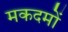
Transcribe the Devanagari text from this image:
मकदमों